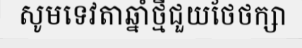
សូមទេវតាឆ្នាំថ្មីជួយថែថក្សា